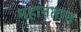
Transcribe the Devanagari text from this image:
महानताच